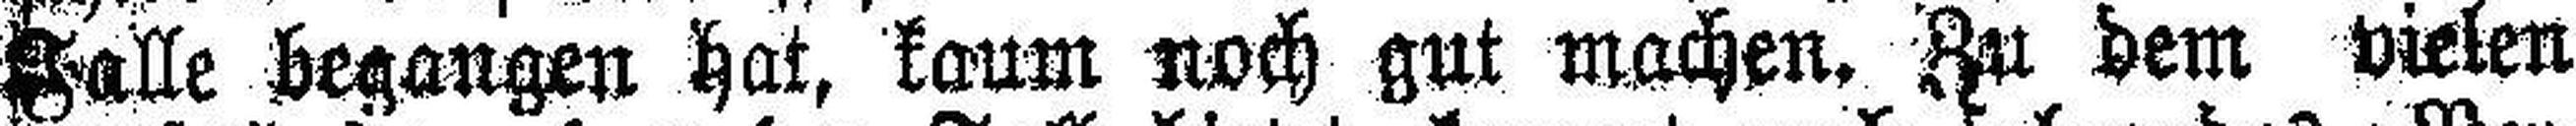
Falle begangen hat, kaum noch gut machen. Zu dem vielen